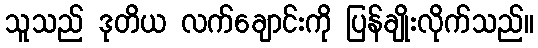
သူသည် ဒုတိယ လက်ချောင်းကို ပြန်ချိုးလိုက်သည်။